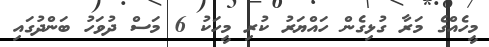
މީހެއްގެ މަރާ ގުޅިގެން ހައްޔަރު ކުރި މީހަކު 6 މަސް ދުވަހު ބަންދުގައި